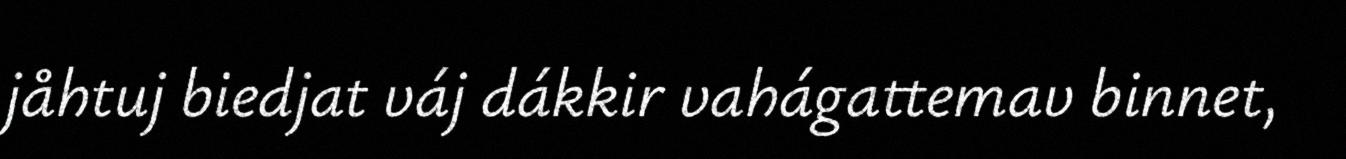
jåhtuj biedjat váj dákkir vahágattemav binnet,